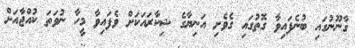
ގާނޫނުގައި ބުނެފައިވާ ގޮތުގައި ގެވެށި އަނިޔާގެ ޝިކާރައަކަށް ވެފައިވާ މީހާ ނުވަތަ ކުއްޖާއަށް